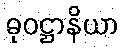
ဓုဝဋ္ဌာနိယာ